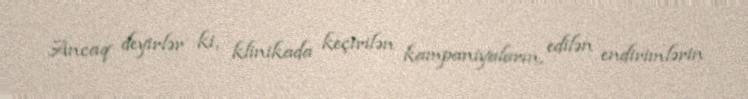
Ancaq deyirlər ki, klinikada keçirilən kampaniyaların, edilən endirimlərin